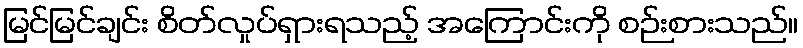
မြင်မြင်ချင်း စိတ်လှုပ်ရှားရသည့် အကြောင်းကို စဉ်းစားသည်။